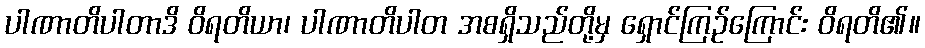
ပါဏာတိပါတာဒိ ဝိရတိယာ၊ ပါဏာတိပါတ အစရှိသည်တို့မှ ရှောင်ကြဉ်ကြောင်း ဝိရတိ၏။